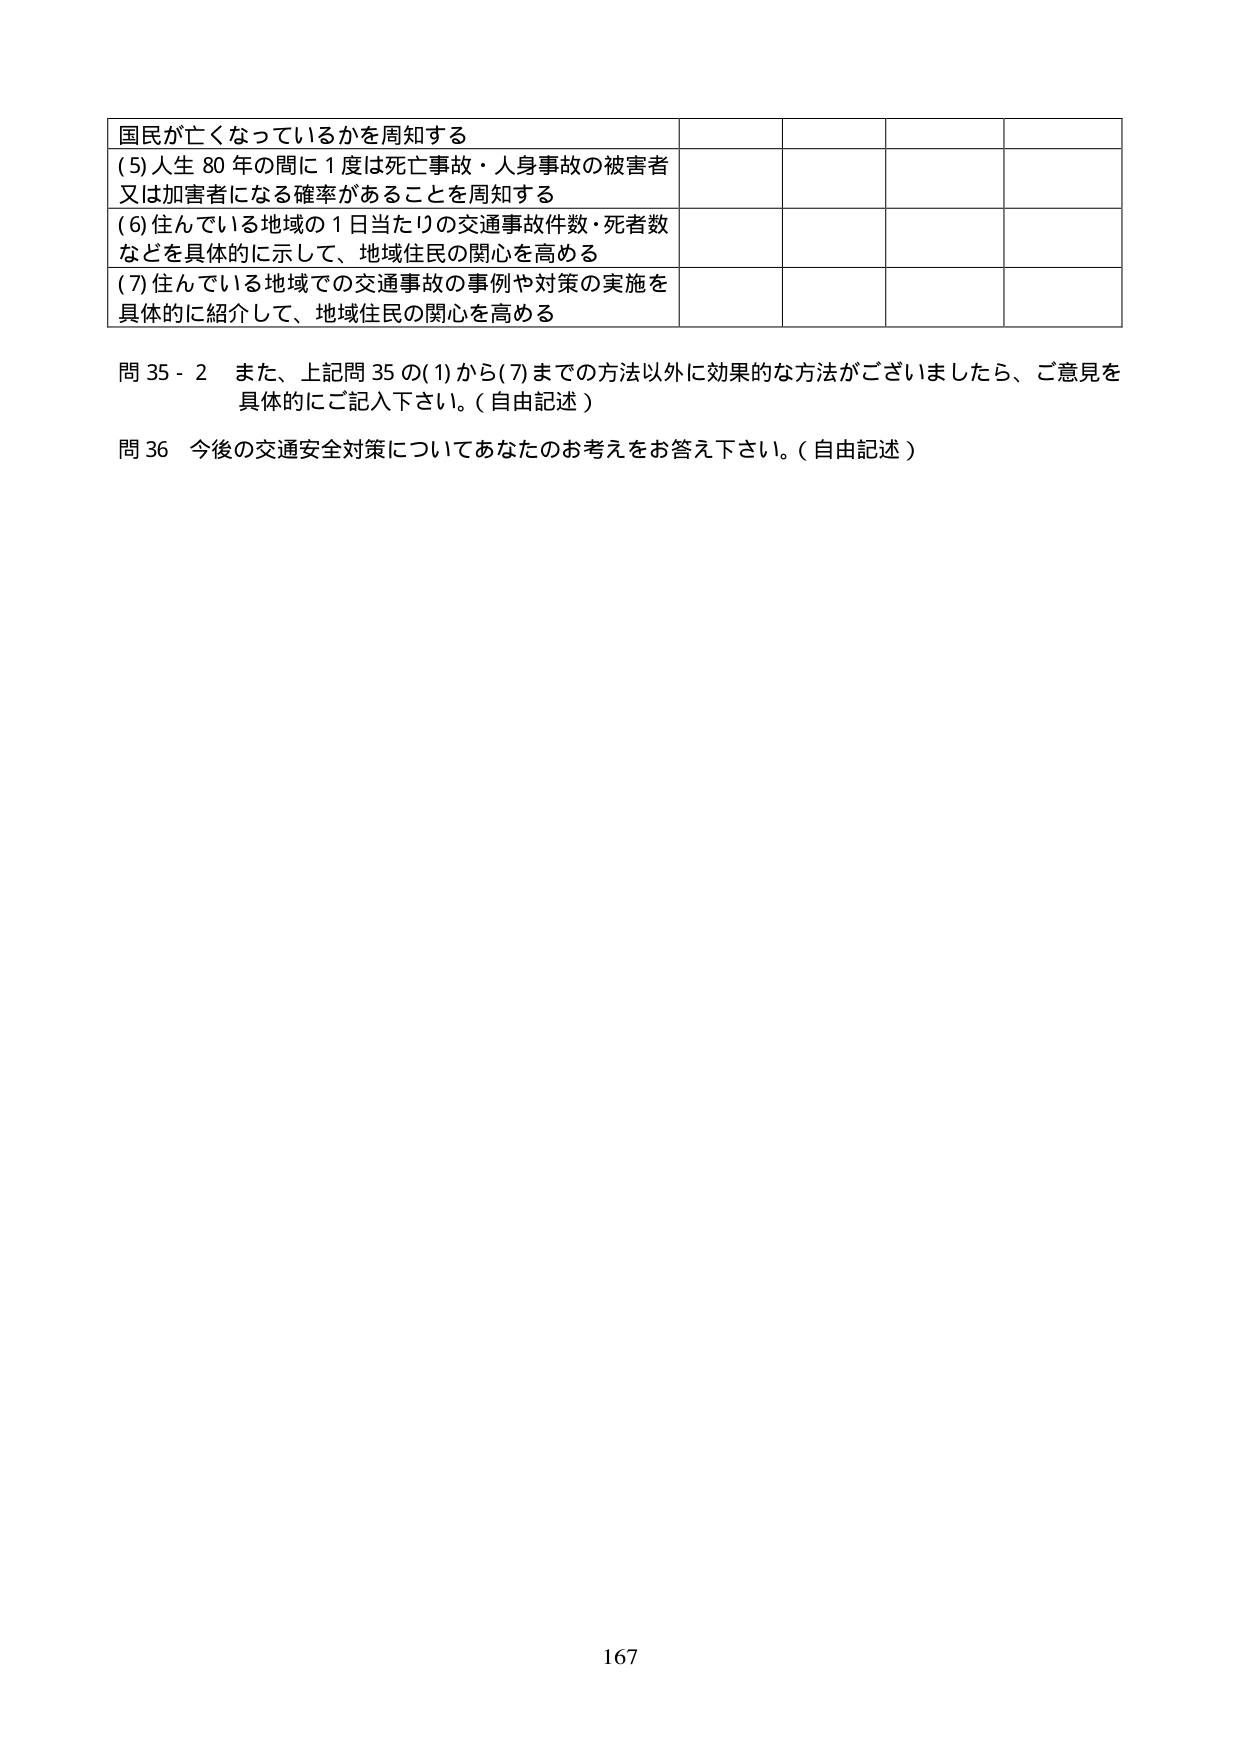
国民が亡くなっているかを周知する
(5)人生80年の間に1度は死亡事故・人身事故の被害者
又は加害者になる確率があることを周知する
(6)住んでいる地域の1日当たりの交通事故件数・死者数
などを具体的に示して、地域住民の関心を高める
(7)住んでいる地域での交通事故の事例や対策の実施を
具体的に紹介して、地域住民の関心を高める
問35-2 また、上記問35の(1)から(7)まで の方法以外に効果的な方法がございましたら、ご意見を
具体的にご記入下さい。(自由記述)
問36 今後の交通安全対策についてあなたのお考えをお答え下さい。(自由記述)
167